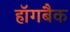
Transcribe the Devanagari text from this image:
हॉगबैक